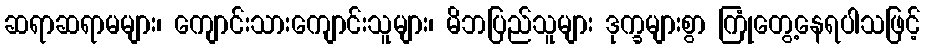
ဆရာဆရာမများ၊ ကျောင်းသားကျောင်းသူများ၊ မိဘပြည်သူများ ဒုက္ခများစွာ ကြုံတွေ့နေရပါသဖြင့်